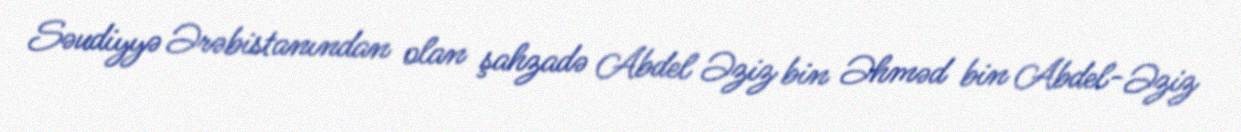
Səudiyyə Ərəbistanından olan şahzadə Abdel Əziz bin Əhməd bin Abdel-Əziz